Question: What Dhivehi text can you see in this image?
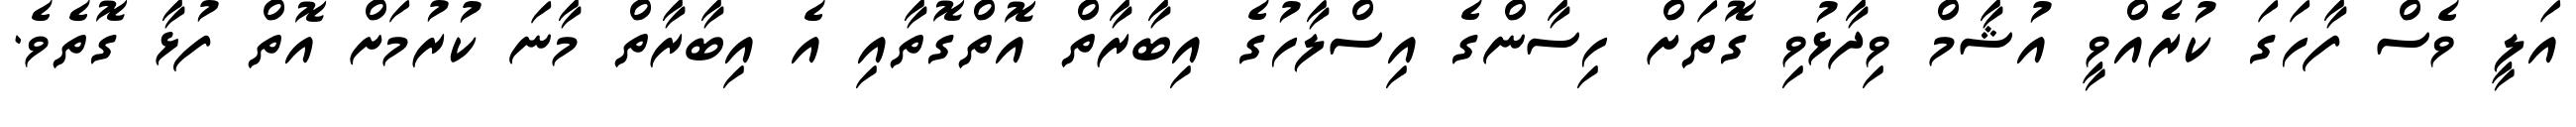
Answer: އަލީ ވެސް ފާހަގަ ކުރެއްވީ އުޝާމް ވިދާޅުވި ގޮތަށް ހިސާންގެ އިސްލާހުގެ އިބާރާތް އޮތްގޮތާއި އެ އިބާރާތް މާނަ ކުރުމަށް އޮތް ފުޅާ ގޮތެވެ.